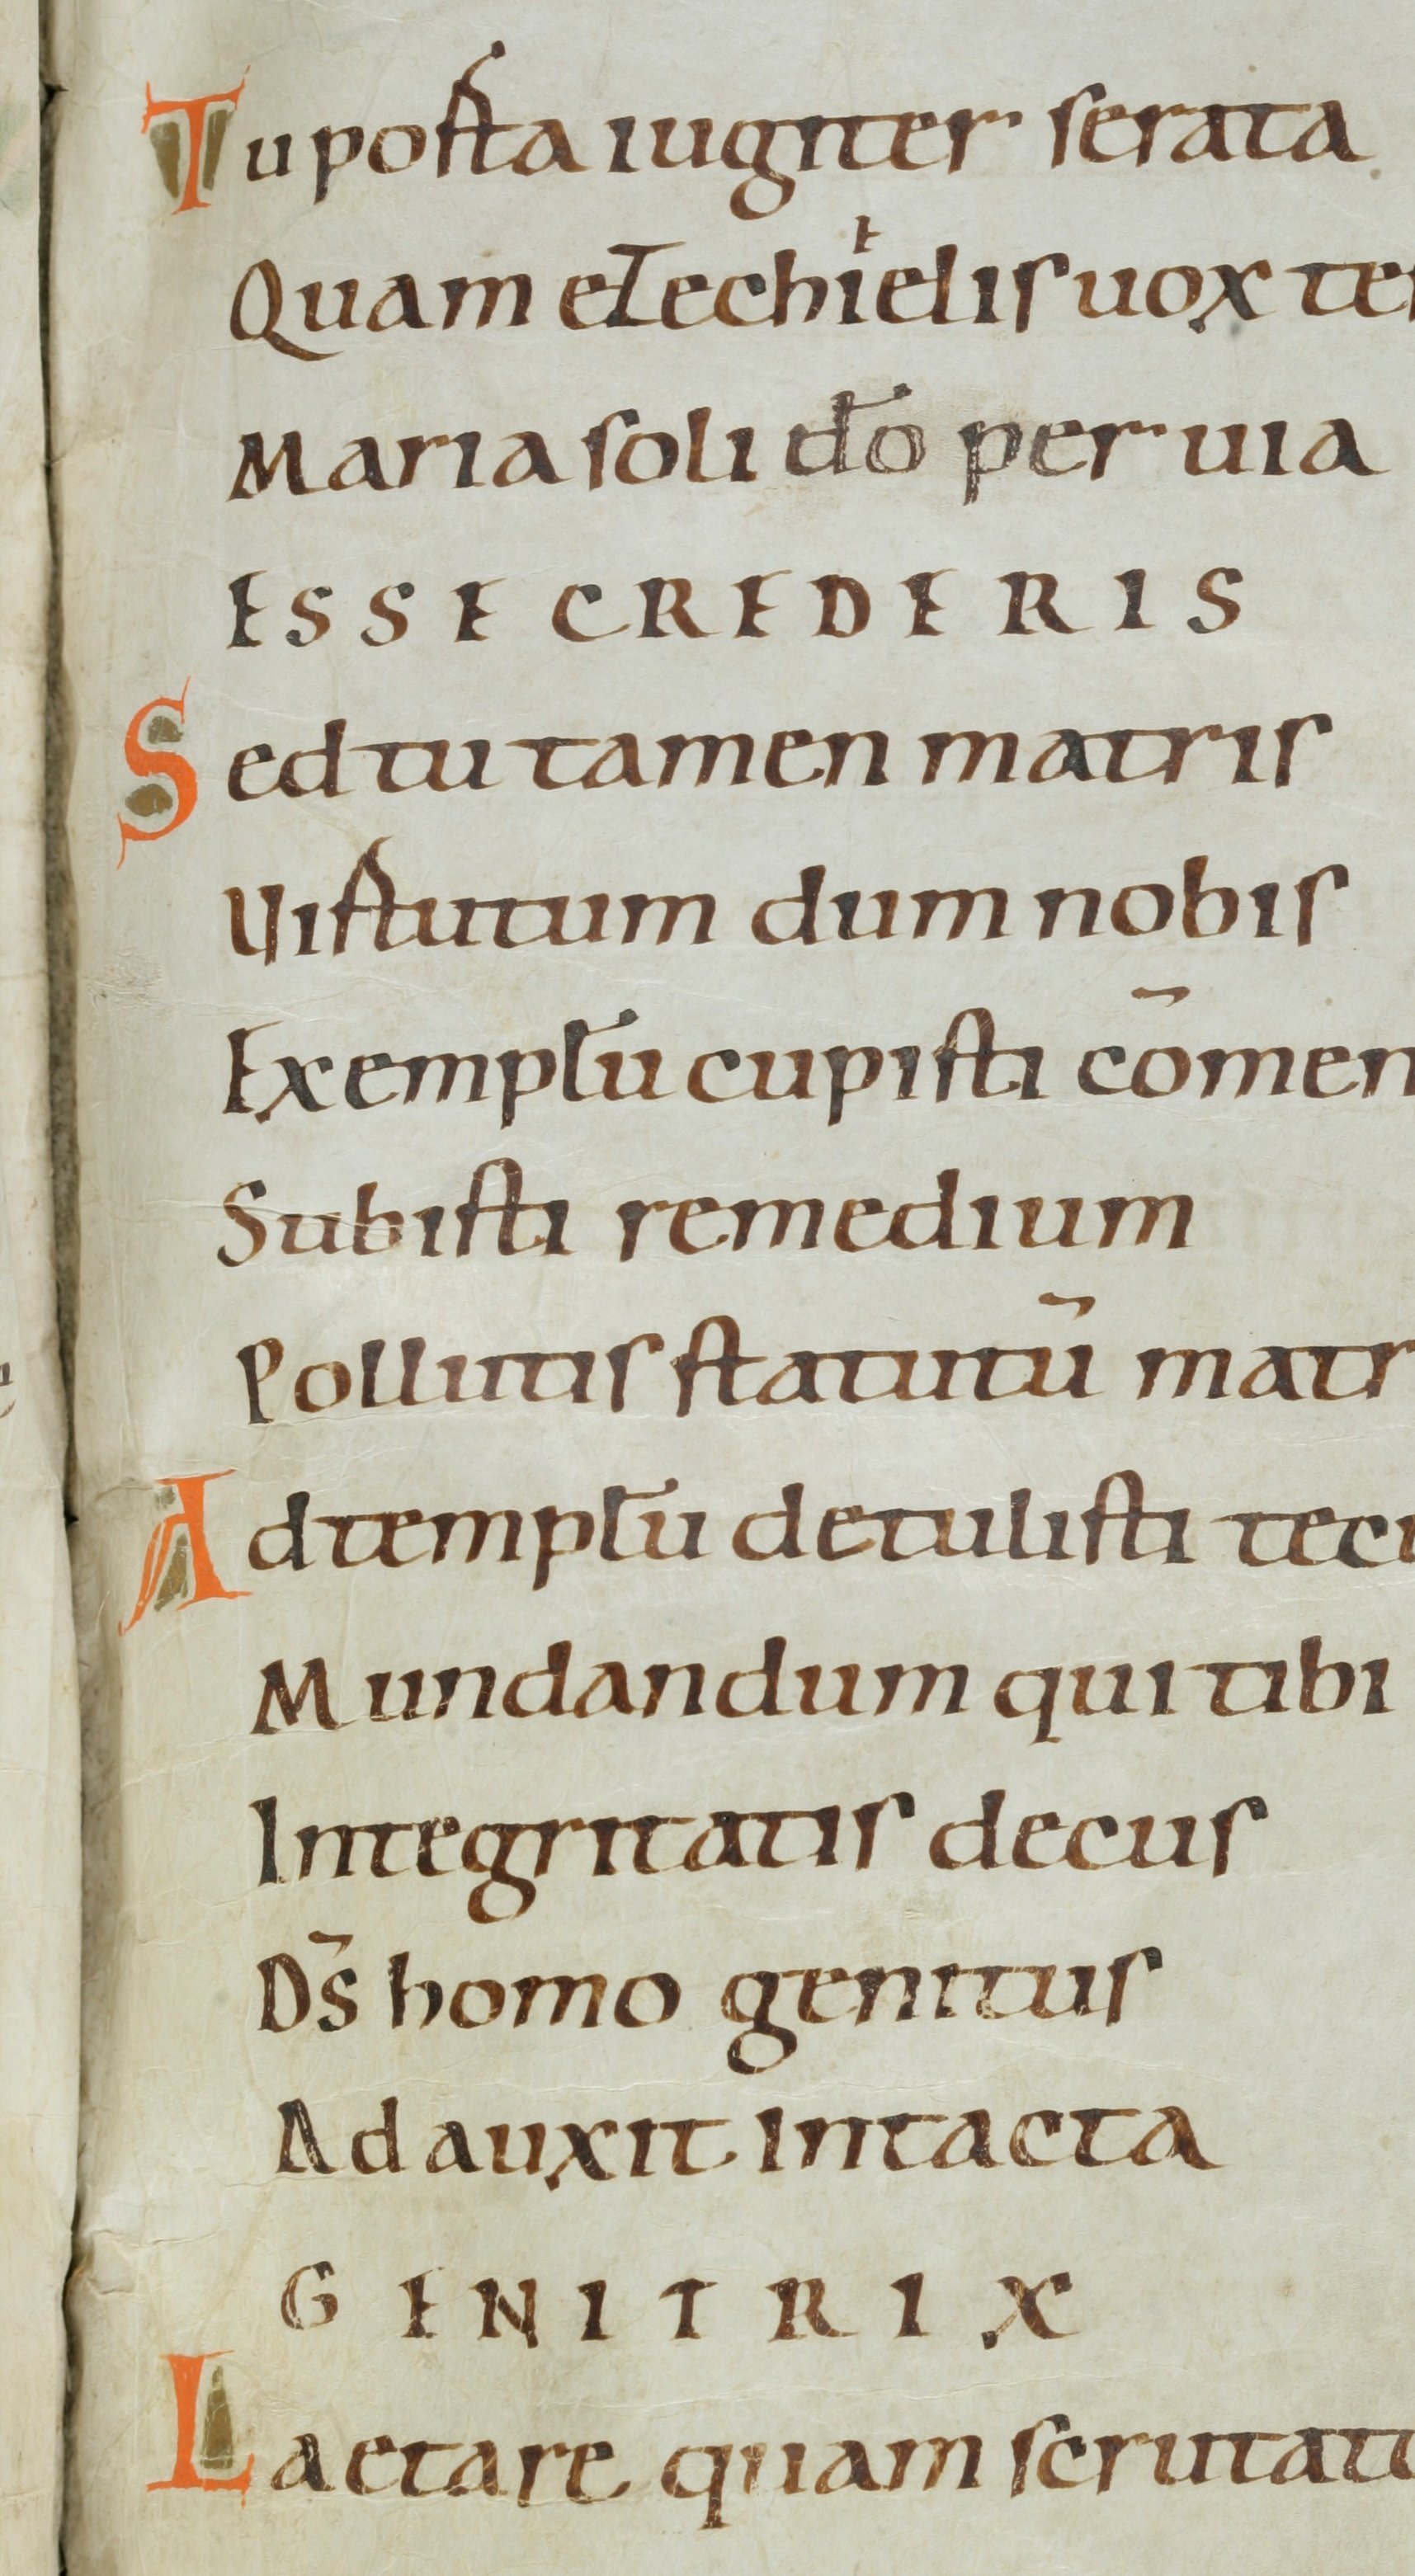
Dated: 1000–1099